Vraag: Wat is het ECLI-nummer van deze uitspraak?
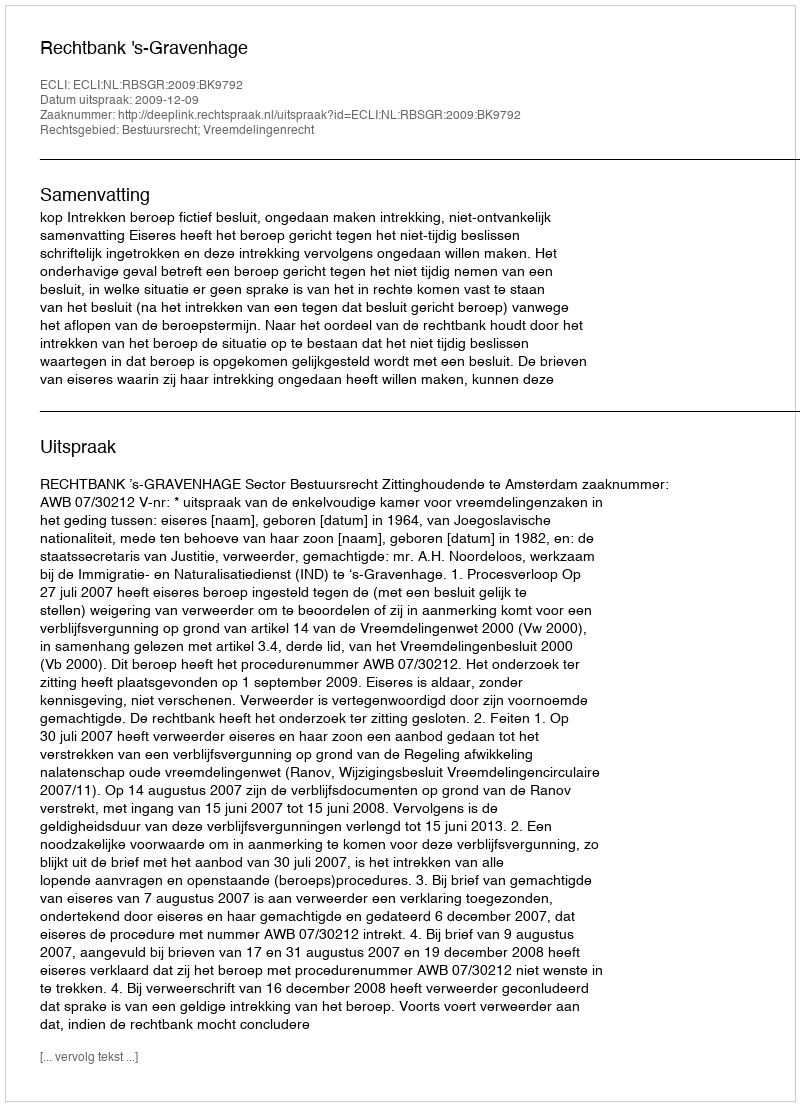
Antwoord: ECLI:NL:RBSGR:2009:BK9792